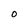
Character: o